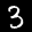
Label: 3